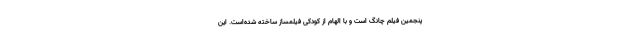
پنجمین فیلم چانگ است و با الهام از کودکی فیلمساز ساخته شده‌است. این